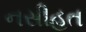
નસીહત